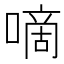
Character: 嘀